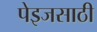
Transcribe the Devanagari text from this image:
पेइजसाठी